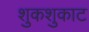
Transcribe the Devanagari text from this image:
शुकशुकाट